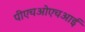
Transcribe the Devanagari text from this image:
पीएचओएचआई